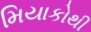
મિયાકોથી